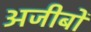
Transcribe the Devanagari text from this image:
अजीबों